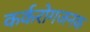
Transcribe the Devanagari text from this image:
कर्करोगजनक